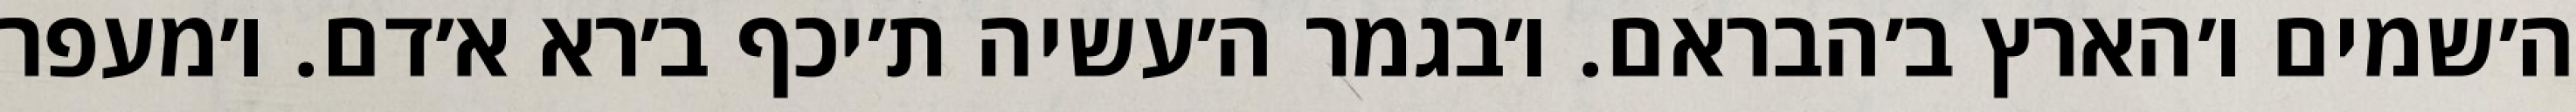
ה׳שמים ו׳הארץ ב׳הבראם. ו׳בגמר ה׳עשיה ת׳יכף ב׳רא א׳דם. ו׳מעפר